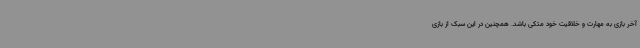
آخر بازی به مهارت و خلاقیت خود متکی باشد. همچنین در این سبک از بازی